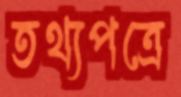
তথ্যপত্রে